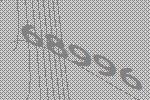
68996